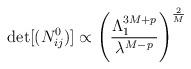
LaTeX: \begin{align*}\det[(N^0_{ij})] \propto\left({\Lambda_{1}^{3M+p}\over \lambda^{M-p}}\right)^{2\over M}\end{align*}